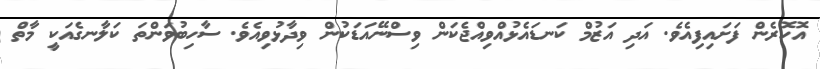
އޮހޮރެން ފަށައިފިއެވެ. އަދި އަޒުމް ކަނޑައެޅުއްވިއްޖެކަން ވިސްނޭއަޑަކުން ވިދާޅުވިއެވެ. ސާހިބުވަންތަ ކަލާނގެއަކީ މާތް